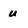
Character: u